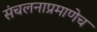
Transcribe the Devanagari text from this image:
संचलनाप्रमाणेच